Vaccination North-Western Provinces and Oudh 1878-1895 - 1878-1895
Year: 1878
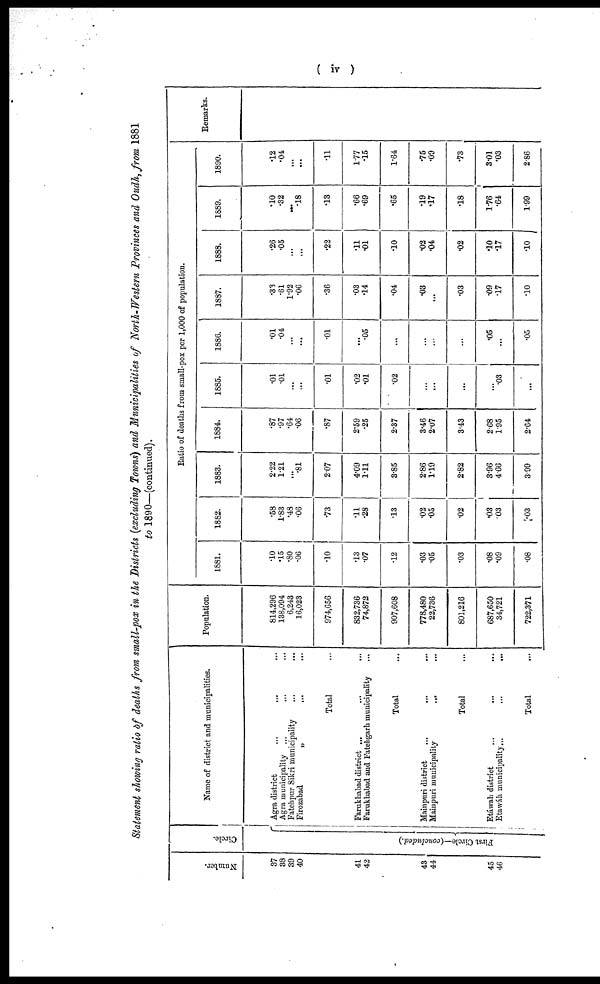
( iv )
Statement showing ratio of death from small-pox in the Districts (excluding Towns) and Municipalities of North-Western Provinces and Oudh, from 1881
to 1890—(continued).
Number.
37
38
39
40
41
42
43
44
45
46
Circle.
First Circle—(concluded.)
Name of district and municipalities.
Agra district
...
...
...
Agra municipality ... ... ...
Fatehpur Sikri municipality ... ... ...
Firozabad „ ... ...
Total ...
Farukhabad district
...
...
...
Farukhabad and Fatehgarh municipality ...
Total ...
Mainpuri district ... ... ...
Mainpuri municipality ... ... ...
Total ...
Etáwah district
...
...
...
Etawáh municipality
...
...
...
Total ...
Population.
814,296
138,094
6,243
16,023
974,656
832,736
74,872
907,608
778,480
22,736
801,216
687,650
34,721
722,371
Ratio of deaths from small-pox per 1,000 of population.
1881.
.10
.15
.80
.06
.10
.13
.07
.12
.03
.05
.03
.08
.09
.08
1882.
.58
1.83
.48
.06
.73
.11
.28
.13
.02
.05
.02
.03
.03
.03
1883.
2.22
1.21
...
.81
2.07
4.09
1.11
3.85
2.86
1.19
2.82
3.96
4.66
3.99
1884.
.87
.97
.64
.06
.87
2.59
.25
2.37
3.46
2.07
3.43
2.68
1.95
2.64
1885.
.01
.01
...
...
.01
.02
.01
.02
...
...
...
...
.03
...
1886.
.01
.04
...
...
.01
...
.05
...
...
...
...
.05
...
.05
1887.
.33
.61
1.92
.06
.36
.03
.14
.04
.03
...
.03
.09
.17
.10
1888.
.26
.05
...
...
.22
.11
.01
.10
.02
.04
.02
.10
.17
.10
1889.
.10
.32
...
.18
.13
.66
.69
.65
.19
.17
.18
1.76
.64
1.99
1890.
.12
.04
...
...
.11
1.77
.15
1.64
.75
.09
.73
3.01
.03
2.86
Remarks.